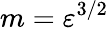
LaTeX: m=\varepsilon^{3/2}